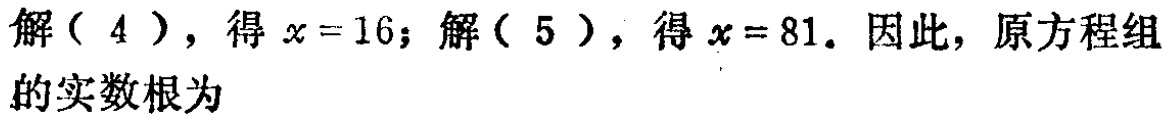
解（4），得 \(x = 16\)；解（5），得 \(x = 81\)。因此，原方程组的实数根为